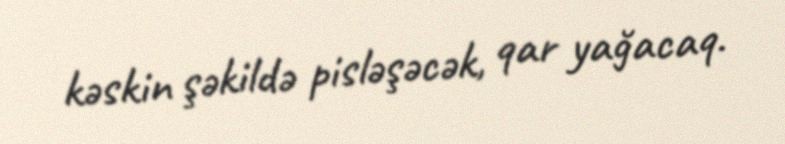
kəskin şəkildə pisləşəcək, qar yağacaq.